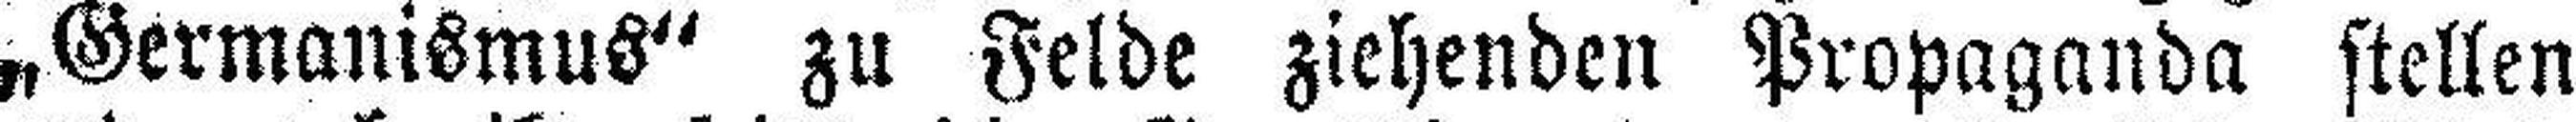
„Germanismus“ zu Felde ziehenden Propaganda stellen